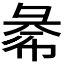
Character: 𢑞